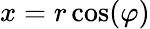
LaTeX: x=r\cos(\varphi)